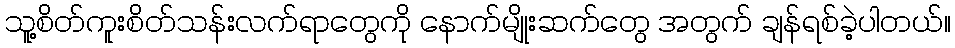
သူ့စိတ်ကူးစိတ်သန်းလက်ရာတွေကို နောက်မျိုးဆက်တွေ အတွက် ချန်ရစ်ခဲ့ပါတယ်။